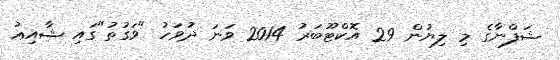
ޝަފްނާގެ މި ލިޔުން 29 އޮކްޓޫބަރު 2014 ވަނަ ދުވަހު "ވަގުތު"ގައި ޝާއިޢު